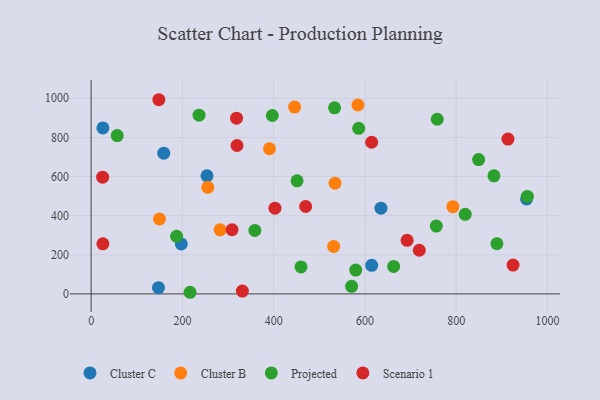
{"axis": {"x": "Price", "y": "Rating"}, "legend": ["Cluster B", "Cluster C", "Projected", "Scenario 1"], "data": [{"x": "197.6", "y": 255.6, "type": "Cluster C"}, {"x": "614.9", "y": 145.9, "type": "Cluster C"}, {"x": "25.8", "y": 848.3, "type": "Cluster C"}, {"x": "954.4", "y": 485.4, "type": "Cluster C"}, {"x": "254.0", "y": 603.8, "type": "Cluster C"}, {"x": "635.2", "y": 438.0, "type": "Cluster C"}, {"x": "159.2", "y": 719.6, "type": "Cluster C"}, {"x": "147.6", "y": 31.8, "type": "Cluster C"}, {"x": "792.8", "y": 445.7, "type": "Cluster B"}, {"x": "282.7", "y": 327.6, "type": "Cluster B"}, {"x": "534.6", "y": 565.6, "type": "Cluster B"}, {"x": "149.8", "y": 382.8, "type": "Cluster B"}, {"x": "531.5", "y": 242.7, "type": "Cluster B"}, {"x": "446.0", "y": 955.0, "type": "Cluster B"}, {"x": "255.7", "y": 544.9, "type": "Cluster B"}, {"x": "584.9", "y": 965.6, "type": "Cluster B"}, {"x": "390.9", "y": 742.0, "type": "Cluster B"}, {"x": "187.3", "y": 294.7, "type": "Projected"}, {"x": "57.2", "y": 809.4, "type": "Projected"}, {"x": "882.9", "y": 603.5, "type": "Projected"}, {"x": "819.9", "y": 406.6, "type": "Projected"}, {"x": "460.0", "y": 137.8, "type": "Projected"}, {"x": "533.5", "y": 951.0, "type": "Projected"}, {"x": "579.9", "y": 121.9, "type": "Projected"}, {"x": "849.3", "y": 686.4, "type": "Projected"}, {"x": "889.4", "y": 256.6, "type": "Projected"}, {"x": "216.8", "y": 8.3, "type": "Projected"}, {"x": "570.9", "y": 38.5, "type": "Projected"}, {"x": "756.5", "y": 346.7, "type": "Projected"}, {"x": "586.4", "y": 846.6, "type": "Projected"}, {"x": "758.6", "y": 892.8, "type": "Projected"}, {"x": "663.0", "y": 140.4, "type": "Projected"}, {"x": "236.5", "y": 913.8, "type": "Projected"}, {"x": "397.1", "y": 911.9, "type": "Projected"}, {"x": "451.3", "y": 578.1, "type": "Projected"}, {"x": "358.9", "y": 324.7, "type": "Projected"}, {"x": "956.1", "y": 498.5, "type": "Projected"}, {"x": "614.8", "y": 775.3, "type": "Scenario 1"}, {"x": "470.2", "y": 446.9, "type": "Scenario 1"}, {"x": "331.5", "y": 14.3, "type": "Scenario 1"}, {"x": "319.7", "y": 758.7, "type": "Scenario 1"}, {"x": "25.2", "y": 596.8, "type": "Scenario 1"}, {"x": "719.2", "y": 223.2, "type": "Scenario 1"}, {"x": "924.7", "y": 147.2, "type": "Scenario 1"}, {"x": "148.4", "y": 992.6, "type": "Scenario 1"}, {"x": "402.9", "y": 438.3, "type": "Scenario 1"}, {"x": "25.8", "y": 255.8, "type": "Scenario 1"}, {"x": "692.5", "y": 274.0, "type": "Scenario 1"}, {"x": "318.7", "y": 898.5, "type": "Scenario 1"}, {"x": "308.9", "y": 327.9, "type": "Scenario 1"}, {"x": "913.5", "y": 791.4, "type": "Scenario 1"}]}